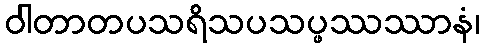
ဝါတာတပသရိသပသပ္ဖဿဿာနံ၊